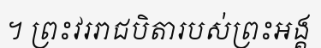
។ ព្រះវររាជបិតារបស់ព្រះអង្គ